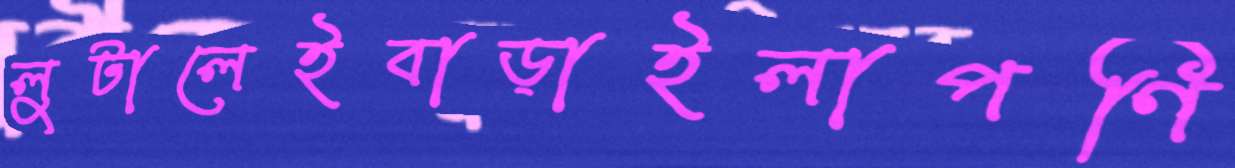
লুটালেইবাড়াইলাপণি